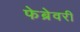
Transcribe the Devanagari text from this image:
फेब्रेवरी